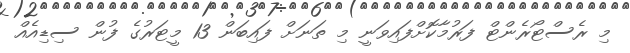
މި ރެސްޓޯރެންޓް ފަރުމާކޮށްފައިވަނީ މި ތަނަށް ފައިބަން 13 މީޓަރުގެ ފުން ސިޑިއެއް